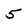
Character: 5